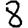
Digit: 8